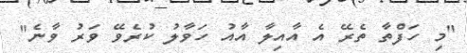
"މި ހަފްތާ ތެރޭ އެ އާއިލާ އާއު ހަވާލު ކުރެވޭ ވަރު ވާނެ"